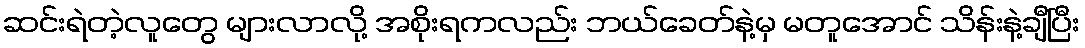
ဆင်းရဲတဲ့လူတွေ များလာလို့ အစိုးရကလည်း ဘယ်ခေတ်နဲ့မှ မတူအောင် သိန်းနဲ့ချီပြီး